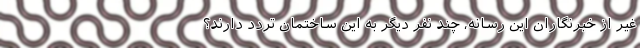
غیر از خبرنگاران این رسانه، چند نفر دیگر به این ساختمان تردد دارند؟